Annual report of the Central Committee of the Association together with the report of the directors of the Pasteur Institute at Kasauli
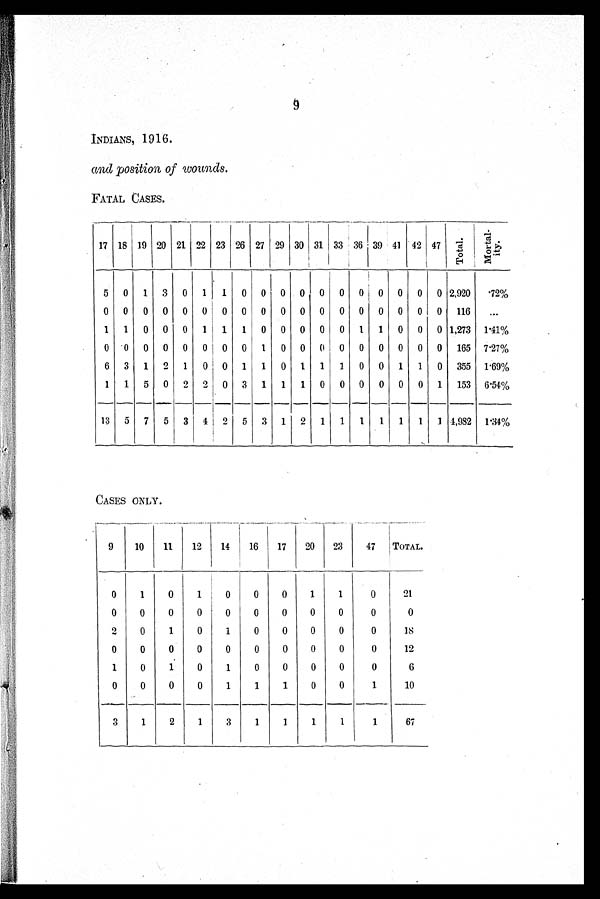
9
INDIANS, 1 916.
and position of wounds.
FATAL CASES.
17 18 19 20 21 22 23 26 27 29 30 31 33 36 39 41 42 47
T o t a l .
M o r t a l - i t y .
5 0 1 3 0 1 1 0 0
0 0 0 0 0 0 0 0 0 2,920
.72%
0 0 0 0 0 0 0 0 0 0 0 0 0 0 0 0 0 0 116
...
1 1 0 0 0 1 1 1 0 0 0 0 0 1 1 0 0 0 1,273 1.41%
0 0 0 0 0 0 0 0 1 0 0 0 0 0 0 0 0 0 165 7.27%
6 3 1 2 1 0 0 1 1 0 1 1 1 0 0 1 1 0 355 1.69%
1 1 5 0 2 2 0 3 1 1 1 0 0 0 0 0 0 1 153 6.54%
13 5 7 5 3 4 2 5 3 1 2 1 1 1
1 1
1 1 4,982 1.34%
CASES ONLY.
9
10
11
12
14
16
17
20
23
47
T O T A L.
0
1
0
1
0
0
0
1
1
0
21
0
0
0
0
0
0
0
0
0
0
0
2
0
1
0
1
0
0
0
0
0
18
0
0
0
0
0
0
0
0
0
0
12
1
0
1
0
1
0
0
0
0
0
6
0
0
0
0
1
1
1
0
0
1
_
10
3
1
2
1
3
1
1
1
1
1
67